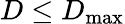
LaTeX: D\leq D_{\operatorname*{max}}